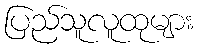
ပြည်သူလူထုများ